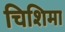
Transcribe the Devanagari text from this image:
चिशिमा